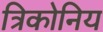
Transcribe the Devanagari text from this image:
त्रिकोनिय